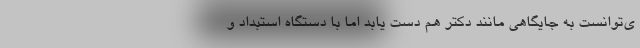
ی‌توانست به جایگاهی مانند دکتر هم دست یابد اما با دستگاه استبداد و